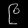
Digit: ၉